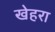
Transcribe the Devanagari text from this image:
खेहरा